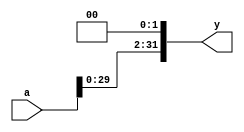
`timescale 1ns / 1ps

//shift left register: left shift 2 bit
module sl2(a, y);
  input [31:0] a;
  output [31:0] y;
  
  assign y = {a[29:0], 2'b00};
endmodule